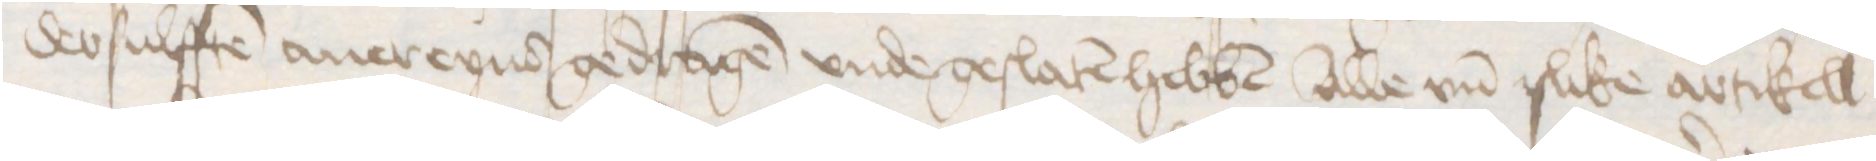
dessulffen auereynd gedragen vnde geslaten hebben alle vnd slike artikell